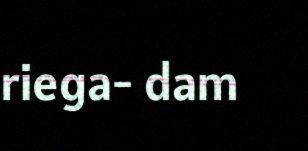
riega- dam